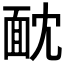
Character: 𩈉